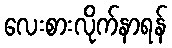
လေးစားလိုက်နာရန်